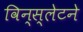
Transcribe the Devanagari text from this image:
विन्स्लेटने